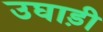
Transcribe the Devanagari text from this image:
उघाड़ी